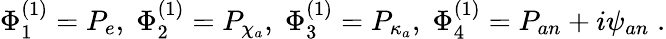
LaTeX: \Phi_{1}^{(1)}=P_{e},\; \Phi_{2}^{(1)}=P_{\chi_{a}},\; \Phi_{3}^{(1)}=P_{\kappa_{a}},\; \Phi_{4}^{(1)}=P_{an}+i\psi_{an}\; .